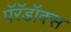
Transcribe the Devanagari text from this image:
पॅरॅडॉक्स